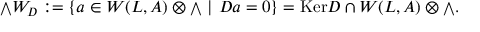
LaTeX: { { \scriptstyle \bigwedge } } W _ { D } : = \{ a \in W ( L , { \cal A } ) \otimes { \scriptstyle \bigwedge } \ | \ D a = 0 \} = \mathrm { K e r } D \cap W ( L , { \cal A } ) \otimes { \scriptstyle \bigwedge } .